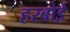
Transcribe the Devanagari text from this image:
हरबोई